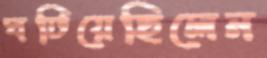
ঘটিয়েছিলেন